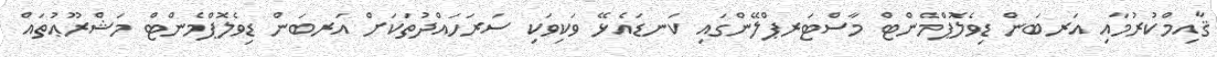
ޤާއިމްކުރުމާއި އަރބަން ޑިވެލޮޕްމެންޓް މާސްޓަރޕްލޭންގައި ކަނޑައެޅޭ ވަކިވަކި ސަރަހައްދުތަކަށް އަރބަން ޑިވެލޮޕްމެންޓް މަޝްރޫޢުތައް